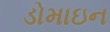
ડોમાઇન